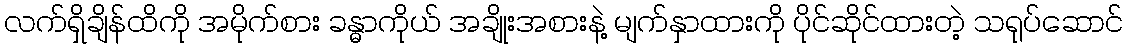
လက်ရှိချိန်ထိကို အမိုက်စား ခန္ဓာကိုယ် အချိုးအစားနဲ့ မျက်နှာထားကို ပိုင်ဆိုင်ထားတဲ့ သရုပ်ဆောင်